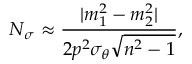
N _ { \sigma } \approx \frac { | m _ { 1 } ^ { 2 } - m _ { 2 } ^ { 2 } | } { 2 p ^ { 2 } \sigma _ { \theta } \sqrt { n ^ { 2 } - 1 } } ,